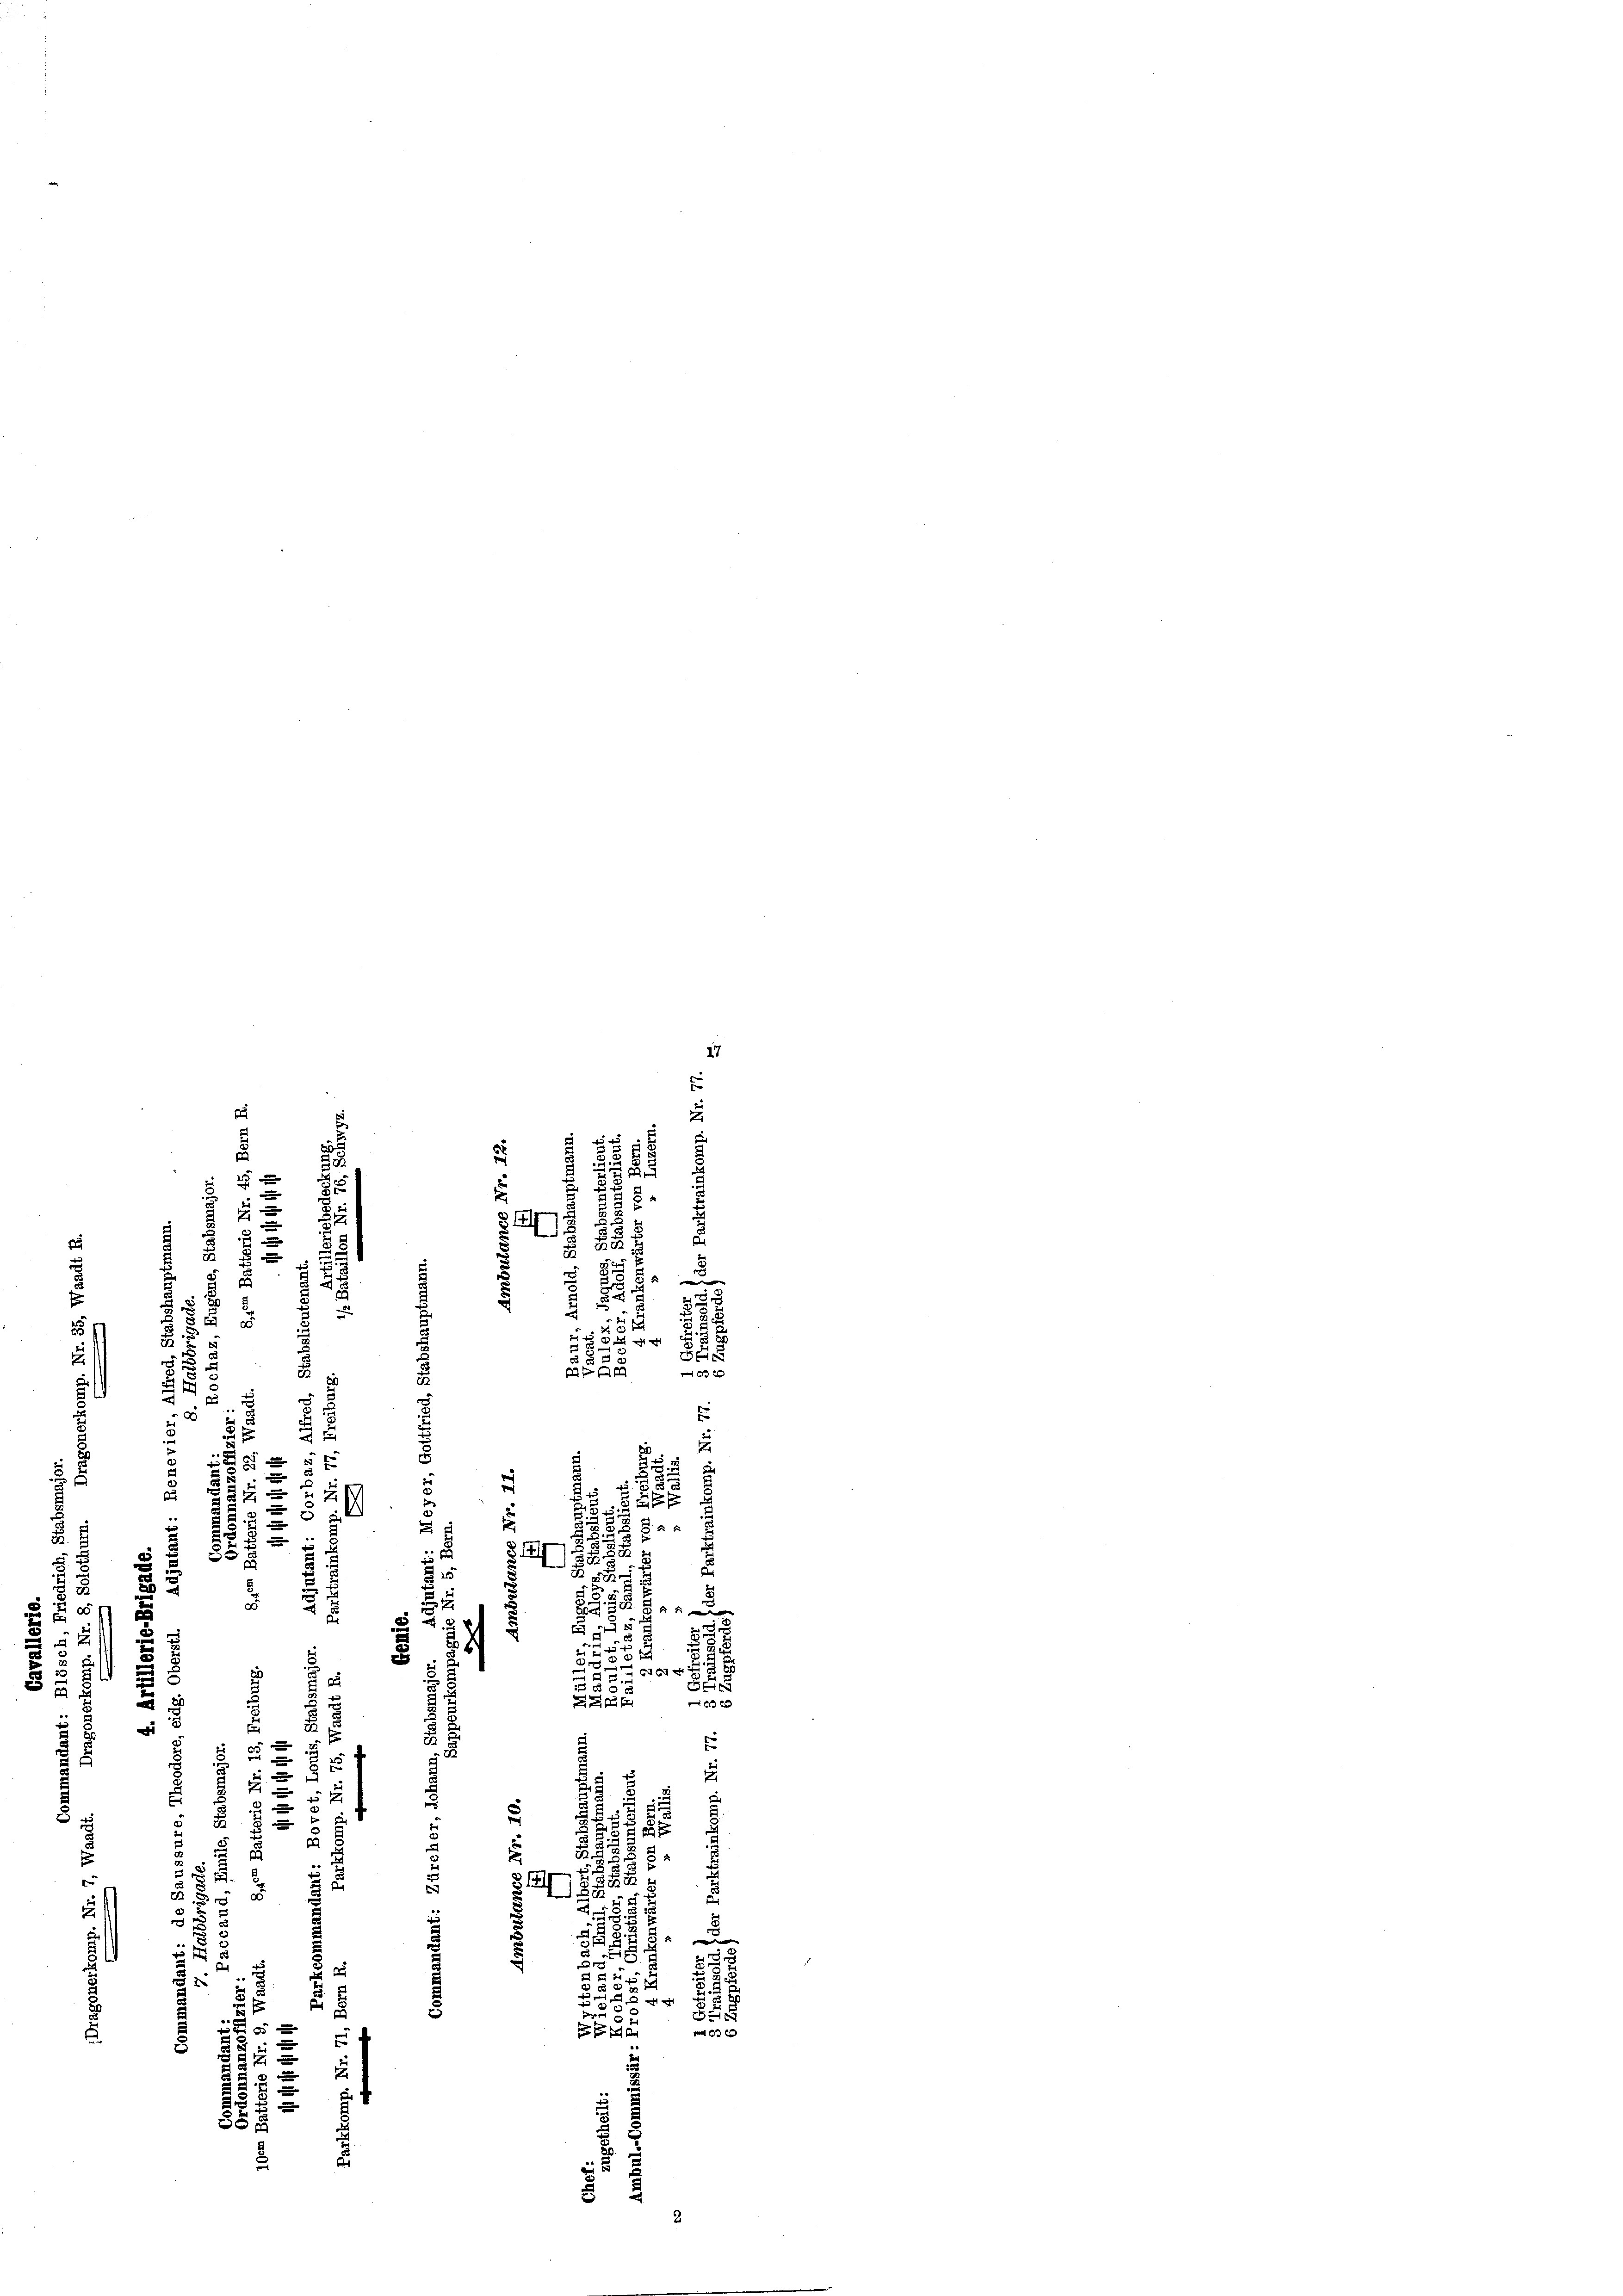
2
d
u
3
1
1
.
515
6
u
552
53
z
e
3

15
2
2
8

2
8
2
.
e

5
u
¬
2
e
7
e
8
5 x
2f
¬
u

 t

e
25
A
8
10 x
25 x
4 x 2
r

i

.
5
d
i
u

 125. 206
e
8
3
¬

25 x
8
§. 1419
u
e
 25

.

5
2
.
6

.
5
 6
5
u
§ 25
610xx
6
d
2
p
 23 x
3
¬
.
f
r
.
2
E

8
u
u
2

u
s

15 x
un
u
c

2. 4
2
3

und. Fa
8
E
r
e
323
5
f
s
2
817
E
2

17
5

d
d

s
e
d
52
55
2 E
 ist
5
.
ad
u
u
Se
20 x

.
5

5
.
84

3
 2
5
u
5

e

a 2
d
2

2

558
5
2
,
¬
e

17
E
2